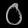
Digit: ၀